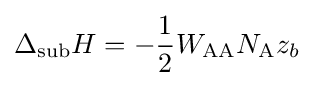
\Delta _{\text{sub}}H=-{\frac {1}{2}}W_{\text{AA}}N_{\text{A}}z_{b}